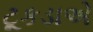
ટૂકડાએ